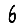
Digit: 6